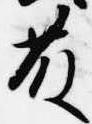
藤